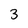
Character: 3